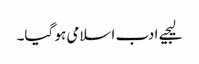
لیجیے ادب اسلامی ہو گیا۔